Epidemic dropsy in Calcutta - Number 45
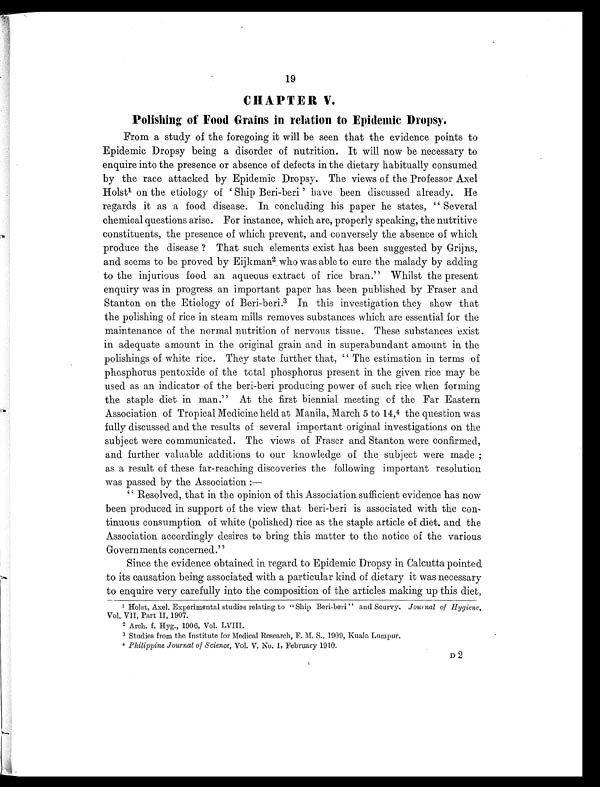
19
CHAPTER V.
Polishing of Food Grains in relation to Epidemic Dropsy.
From a study of the foregoing it will be seen that the evidence points to
Epidemic Dropsy being a disorder of nutrition. It will now be necessary to
enquire into the presence or absence of defects in the dietary habitually consumed
by the race attacked by Epidemic Dropsy. The views of the Professor Axel
Hoist1 o n t h e e t i o l o g y o f ' S h i p B e r i - b e r i ' h a v e b e e n d i s c u s s e d a l r e a d y . H e
regards it as a food disease. In concluding his paper he states, " Several
chemical questions arise. For instance, which are, properly speaking, the nutritive
constituents, the presence of which prevent, and conversely the absence of which
produce the disease ? That such elements exist has been suggested by Grijns,
and seems to be proved by Eijkman2 who was able to cure the malady by adding
to the injurious food an aqueous extract of rice bran." Whilst the present
enquiry was in progress an important paper has been published by Fraser and
Stanton on the Etiology of Beri-beri.3 In this investigation they show that
the polishing of rice in steam mills removes substances which are essential for the
maintenance of the normal nutrition of nervous tissue. These substances exist
in adequate amount in the original grain and in superabundant amount in the
polishings of white rice. They state further that, " The estimation in terms of
phosphorus pentoxide of the total phosphorus present in the given rice may be
used as an indicator of the beri-beri producing power of such rice when forming
the staple diet in man." At the first biennial meeting of the Far Eastern
Association of Tropical Medicine held at Manila, March 5 to 14, 4 the question was
fully discussed and the results of several important original investigations on the
subject were communicated. The views of Fraser and Stanton were confirmed,
and further valuable additions to our knowledge of the subject were made ;
as a result of these far-reaching discoveries the following important resolution
was passed by the Association :
—
"Resolved, that in the opinion of this Association sufficient evidence has now
been produced in support of the view that beri-beri is associated with the con-
tinuous consumption of white (polished) rice as the staple article of diet, and the
Association accordingly desires to bring this matter to the notice of the various
Governments concerned."
Since the evidence obtained in regard to Epidemic Dropsy in Calcutta pointed
to its causation being associated with a particular kind of dietary it was necessary
to enquire very carefully into the composition of the articles making up this diet,
1 Holst, Axel. Experimental studies relating to " Ship Beri-beri " and Scurvy. Journal of Hygiene,
Vol. VII, Part II, 1907.
2 Arch. f. Hyg., 1906, Vol. LVIII.
3 Studies from the Institute for Medical Research, F. M. S., 1909, Kuala Lumpur.
4 Philippine Journal of Science, Vol. V, No. 1, February 1910.
D2